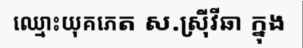
ឈ្មោះយុគភេត ស.ស្រ៊ីវីឆា ក្នុង